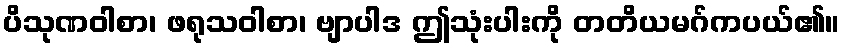
ပိသုဏဝါစာ၊ ဖရုသဝါစာ၊ ဗျာပါဒ ဤသုံးပါးကို တတိယမဂ်ကပယ်၏။